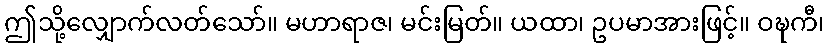
ဤသို့လျှောက်လတ်သော်။ မဟာရာဇ၊ မင်းမြတ်။ ယထာ၊ ဥပမာအားဖြင့်။ ဝဍ္ဎကီ၊